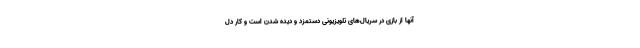
آنها از بازی در سریال‌های تلویزیونی دستمزد و دیده شدن است و کار دِل